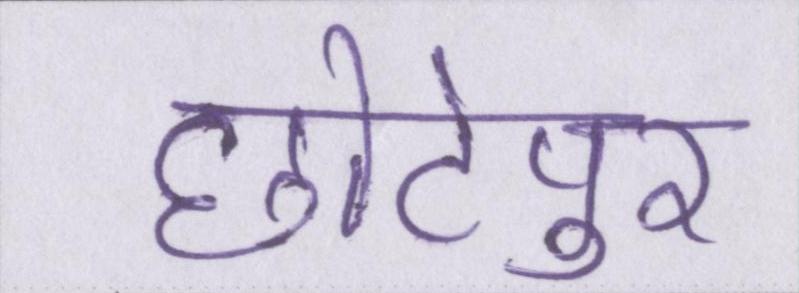
छोटेपुर